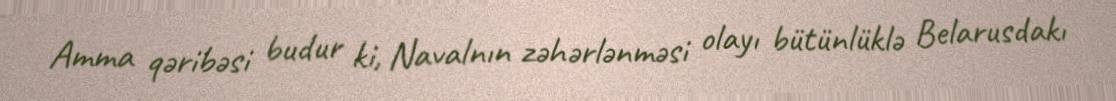
Amma qəribəsi budur ki, Navalnın zəhərlənməsi olayı bütünlüklə Belarusdakı